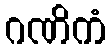
ဂဏိကံ